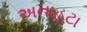
અનાહટા